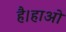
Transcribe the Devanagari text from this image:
है।हाओ